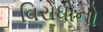
વિરોધોનો